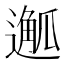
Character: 𨖣